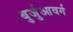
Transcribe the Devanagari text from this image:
बुर्जुआवर्ग